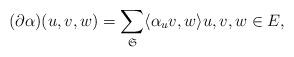
LaTeX: \begin{align*} (\partial \alpha ) (u,v,w) = \sum_{\mathfrak{S}} \langle \alpha_uv,w\rangle u,v,w\in E, \end{align*}